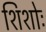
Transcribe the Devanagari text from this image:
शिशोः